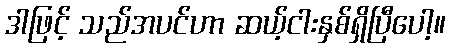
ဒါဖြင့် သည်အပင်ဟာ ဆယ့်ငါးနှစ်ရှိပြီပေါ့။